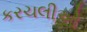
કરચલીઓ